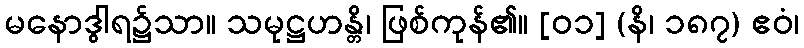
မနောဒွါရ၌သာ။ သမုဋ္ဌဟန္တိ၊ ဖြစ်ကုန်၏။ [၀၁] (နိ၊ ၁၈၇) ဧဝံ၊